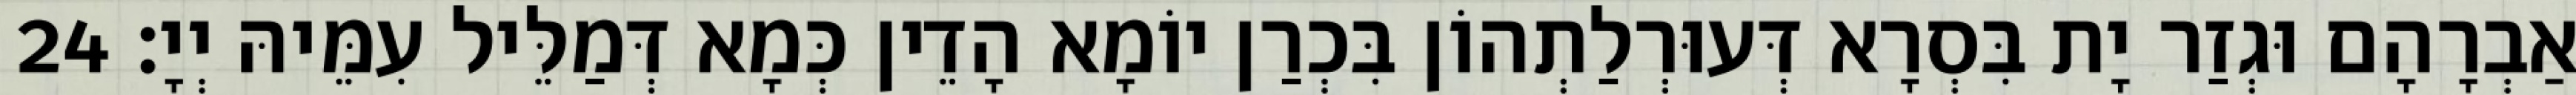
אַבְרָהָם וּגְזַר יָת בִּסְרָא דְּעוּרְלַתְהוֹן בִּכְרַן יוֹמָא הָדֵין כְּמָא דְּמַלֵּיל עִמֵּיהּ יְיָ׃ 24